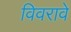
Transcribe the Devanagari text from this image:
विवरावे